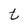
Character: t